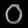
Digit: ၀